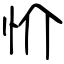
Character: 忦